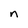
Character: n